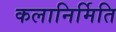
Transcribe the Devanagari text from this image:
कलानिर्मिति